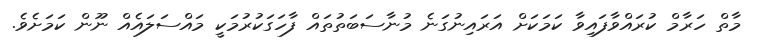
މާތް ހަރާމް ކުރައްވާފައިވާ ކަމަކަށް އަރައިނުގަނެ މުނާސަބަތުތައް ފާހަގަކުރުމަކީ މައްސަލައެއް ނޫން ކަމަށެވެ.